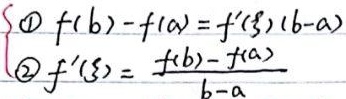
\[
\begin{cases}
\textcircled{1} f(b)-f(a)=f'(\xi)(b - a)\\
\textcircled{2} f'(\xi)=\frac{f(b)-f(a)}{b - a}
\end{cases}
\]